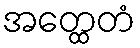
အတ္ထေတံ